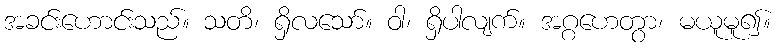
အခင်းဟောင်းသည်။ သတိ၊ ရှိလသော်။ ဝါ၊ ရှိပါလျက်။ အဂ္ဂဟေတွာ၊ မယူမူ၍။